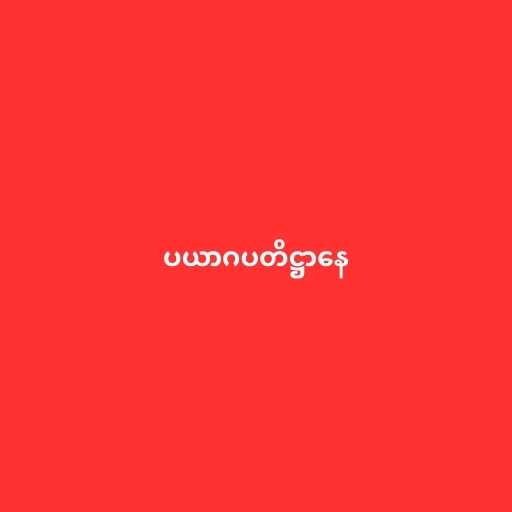
ပယာဂပတိဋ္ဌာနေ